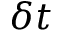
\delta t